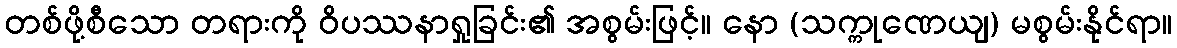
တစ်ဖို့စီသော တရားကို ဝိပဿနာရှုခြင်း၏ အစွမ်းဖြင့်။ နော (သက္ကုဏေယျ) မစွမ်းနိုင်ရာ။